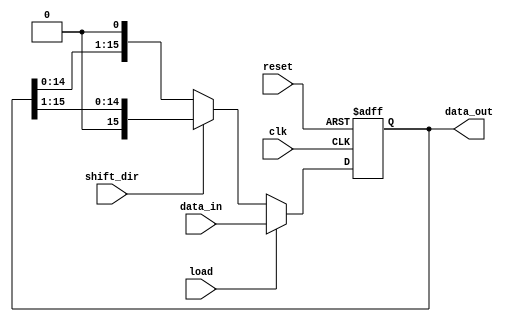
module LogarithmicShiftRegister #(
    parameter WIDTH = 16  // Configurable width (e.g., 8, 16, 32 bits)
) (
    input wire clk,           // Clock signal
    input wire reset,         // Reset signal
    input wire load,          // Load enable signal
    input wire shift_dir,     // Shift direction: 0 for left, 1 for right
    input wire [WIDTH-1:0] data_in, // Input data for loading
    output reg [WIDTH-1:0] data_out // Output data
);

// Internal register to hold shift register value
reg [WIDTH-1:0] shift_reg;

// Logarithmic arithmetic block placeholder
// You can add logarithmic operations here if needed
// e.g., logarithmic scaling, linearization, etc.

// Always block for synchronous operations
always @(posedge clk or posedge reset) begin
    if (reset) begin
        // Reset the shift register to zero
        shift_reg <= 0;
    end else if (load) begin
        // Load new data into the shift register
        shift_reg <= data_in;
    end else if (shift_dir == 0) begin
        // Left shift operation
        shift_reg <= {shift_reg[WIDTH-2:0], 1'b0}; // Shift left, LSB gets filled with 0
    end else begin
        // Right shift operation
        shift_reg <= {1'b0, shift_reg[WIDTH-1:1]}; // Shift right, MSB gets filled with 0
    end
end

// Assign the shift register value to the output
always @(*) begin
    data_out = shift_reg;
end

endmodule